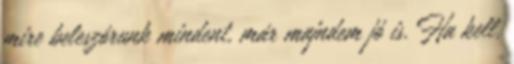
mire beleszórunk mindent, már majndem jó is. Ha kell,